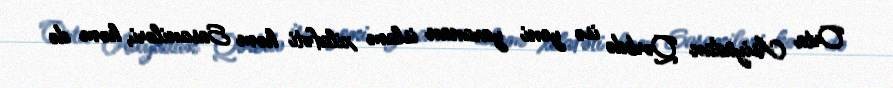
Orta Asiyadan Qərbdə isə yeni yaranan islam xilafəti həm Sasaniləri, həm də